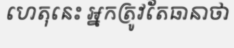
ហេតុនេះ អ្នកត្រូវតែធានាថា